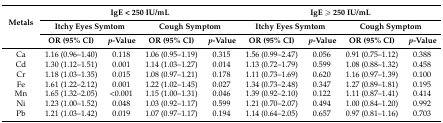
| <ROWSPAN=3> Metals | <COLSPAN=4> IgE < 250 IU/mL | <COLSPAN=4> IgE ≥ 250 IU/mL |
 | <COLSPAN=2> Itchy Eyes Symtom | <COLSPAN=2> Cough Symptom | <COLSPAN=2> Itchy Eyes Symtom | <COLSPAN=2> Cough Symptom |
 | OR (95% CI) | p-Value | OR (95% CI) | p-Value | OR (95% CI) | p-Value | OR (95% CI) | p-Value |
 | --- | --- | --- | --- | --- | --- | --- | --- | --- |
 | Ca | 1.16 (0.96–1.40) | 0.118 | 1.06 (0.95–1.19) | 0.315 | 1.56 (0.99–2.47) | 0.056 | 0.91 (0.75–1.12) | 0.388 |
 | Cd | 1.30 (1.12–1.51) | 0.001 | 1.14 (1.03–1.27) | 0.014 | 1.13 (0.72–1.79) | 0.599 | 1.08 (0.88–1.32) | 0.458 |
 | Cr | 1.18 (1.03–1.35) | 0.015 | 1.08 (0.97–1.21) | 0.178 | 1.11 (0.73–1.69) | 0.620 | 1.16 (0.97–1.39) | 0.100 |
 | Fe | 1.61 (1.22–2.12) | 0.001 | 1.22 (1.02–1.45) | 0.027 | 1.34 (0.73–2.48) | 0.347 | 1.27 (0.89–1.81) | 0.195 |
 | Mn | 1.65 (1.32–2.05) | <0.001 | 1.15 (1.00–1.31) | 0.046 | 1.39 (0.92–2.10) | 0.122 | 1.11 (0.87–1.41) | 0.414 |
 | Ni | 1.23 (1.00–1.52) | 0.048 | 1.03 (0.92–1.17) | 0.599 | 1.21 (0.70–2.07) | 0.494 | 1.00 (0.84–1.20) | 0.992 |
 | Pb | 1.21 (1.03–1.42) | 0.019 | 1.07 (0.97–1.17) | 0.194 | 1.14 (0.64–2.05) | 0.657 | 0.97 (0.81–1.16) | 0.703 |